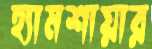
হ্যামশায়ার